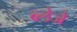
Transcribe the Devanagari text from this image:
ब्लेजे